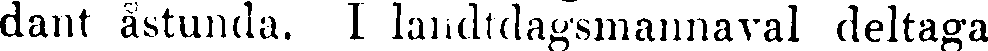
dant åstunda. I landtdagsmannaval deltaga